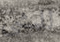
للمشي